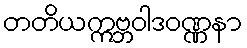
တတိယဣဗ္ဘဝါဒဝဏ္ဏနာ